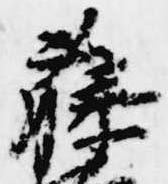
藤